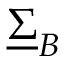
\underline { { \Sigma } } _ { B }